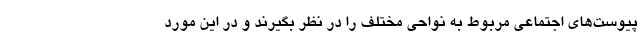
پیوست‌های اجتماعی مربوط به نواحی مختلف را در نظر بگیرند و در این مورد